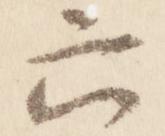
六